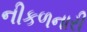
નીકળનારી